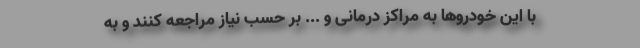
با این خودرو‌ها به مراکز درمانی و ... بر حسب نیاز مراجعه کنند و به